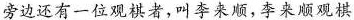
旁边还有一位观祺者，叫李来顺，李来顺观棋